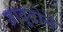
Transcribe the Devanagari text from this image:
जादूटोने